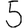
Digit: 5